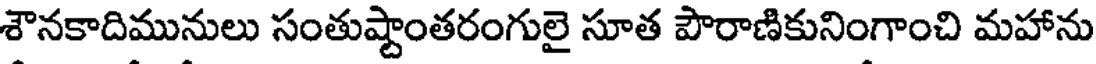
శౌనకాదిమునులు సంతుష్టాంతరంగులై సూత పౌరాణికునింగాంచి మహాను